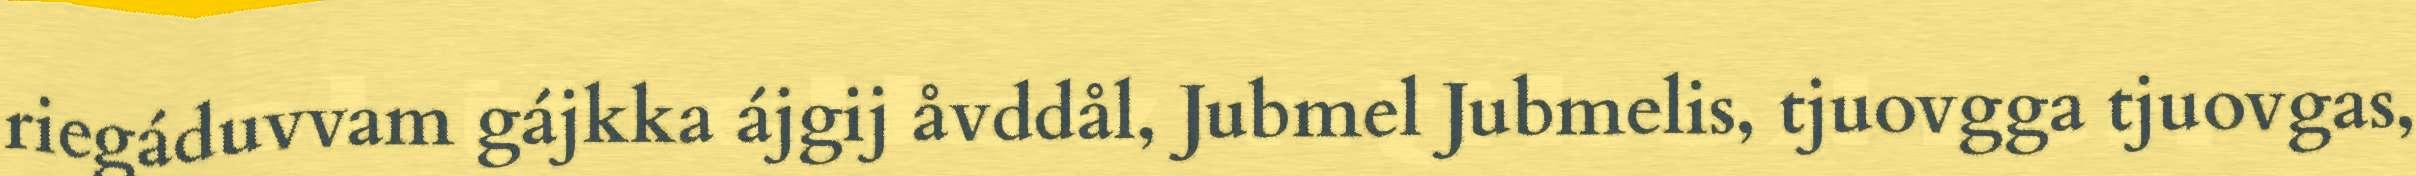
riegáduvvam gájkka ájgij åvddål, Jubmel Jubmelis, tjuovgga tjuovgas,